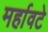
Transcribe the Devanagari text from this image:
मर्हावटे